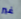
غير